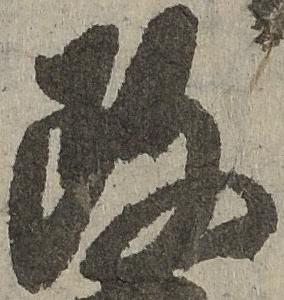
政